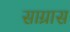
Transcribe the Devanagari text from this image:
साग्रास